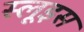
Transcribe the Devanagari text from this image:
स्लूइस